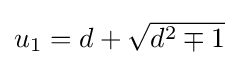
\textstyle u_{1}=d+{\sqrt {d^{2}\mp 1}}